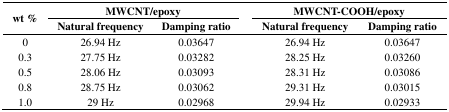
<table><thead><tr><td rowspan="2"><b>wt %</b></td><td colspan="2"><b>MWCNT/epoxy</b></td><td></td><td colspan="2"><b>MWCNT-COOH/epoxy</b></td></tr><tr><td><b>Natural frequency</b></td><td><b>Damping ratio</b></td><td></td><td><b>Natural frequency</b></td><td><b>Damping ratio</b></td></tr></thead><tbody><tr><td>0</td><td>26.94 Hz</td><td>0.03647</td><td></td><td>26.94 Hz</td><td>0.03647</td></tr><tr><td>0.3</td><td>27.75 Hz</td><td>0.03282</td><td></td><td>28.25 Hz</td><td>0.03260</td></tr><tr><td>0.5</td><td>28.06 Hz</td><td>0.03093</td><td></td><td>28.31 Hz</td><td>0.03086</td></tr><tr><td>0.8</td><td>28.75 Hz</td><td>0.03062</td><td></td><td>29.31 Hz</td><td>0.03015</td></tr><tr><td>1.0</td><td>29 Hz</td><td>0.02968</td><td></td><td>29.94 Hz</td><td>0.02933</td></tr></tbody></table>